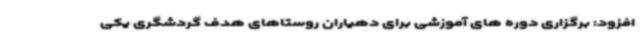
افزود: برگزاری دوره های آموزشی برای دهیاران روستاهای هدف گردشگری یکی